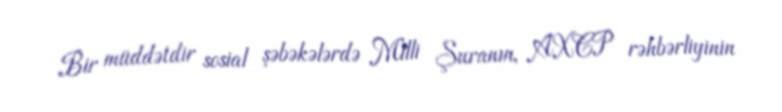
Bir müddətdir sosial şəbəkələrdə Milli Şuranın, AXCP rəhbərliyinin